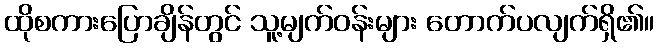
ထိုစကားပြောချိန်တွင် သူ့မျက်ဝန်းများ တောက်ပလျက်ရှိ၏။